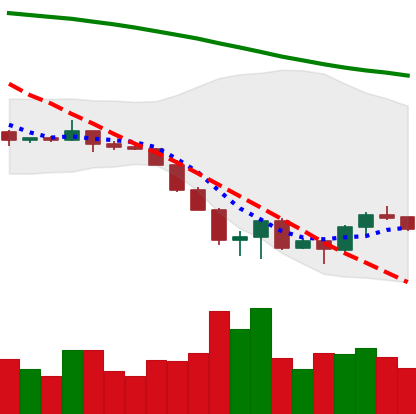
Ticker: ETC-USD
Chart end date: 2022-06-22
Forward return: 8.65%
Label: up_7plus